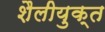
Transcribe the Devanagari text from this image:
शैलीयुक्त